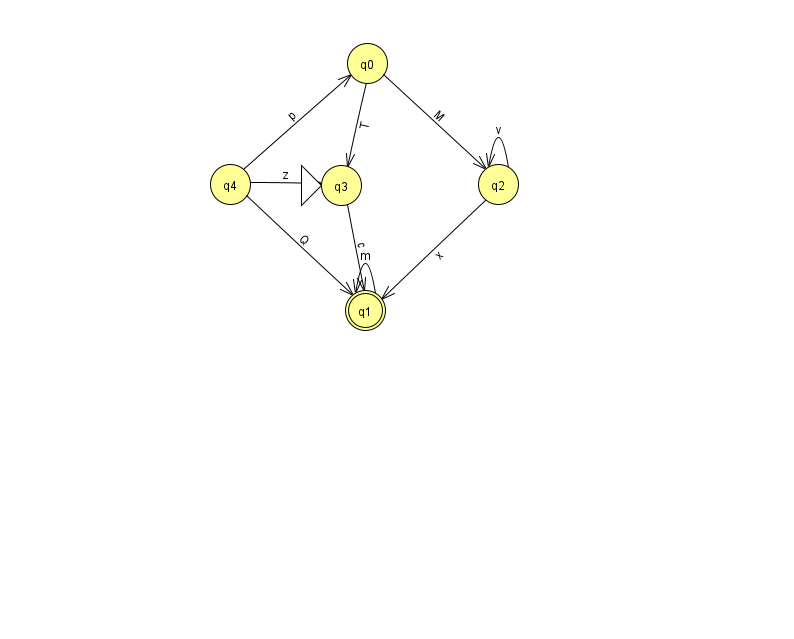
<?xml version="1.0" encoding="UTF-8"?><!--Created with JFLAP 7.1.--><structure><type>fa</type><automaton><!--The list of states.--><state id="0" name="q0"><x>367.0</x><y>50.0</y></state><state id="1" name="q1"><x>365.0</x><y>297.0</y><final/></state><state id="2" name="q2"><x>498.0</x><y>171.0</y></state><state id="3" name="q3"><x>341.0</x><y>172.0</y><initial/></state><state id="4" name="q4"><x>230.0</x><y>171.0</y></state><!--The list of transitions.--><transition><from>4</from><to>0</to><read>p</read></transition><transition><from>4</from><to>3</to><read>z</read></transition><transition><from>4</from><to>1</to><read>Q</read></transition><transition><from>2</from><to>2</to><read>v</read></transition><transition><from>0</from><to>2</to><read>M</read></transition><transition><from>3</from><to>1</to><read>c</read></transition><transition><from>0</from><to>3</to><read>T</read></transition><transition><from>1</from><to>1</to><read>m</read></transition><transition><from>2</from><to>1</to><read>x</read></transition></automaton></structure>